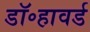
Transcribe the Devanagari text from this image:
डॉ॰हावर्ड